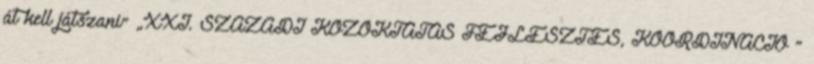
át kell játszani” „XXI. SZÁZADI KÖZOKTATÁS FEJLESZTÉS, KOORDINÁCIÓ ”